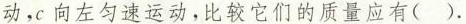
动，c 向左匀速运动，比较它们的质量应有() .